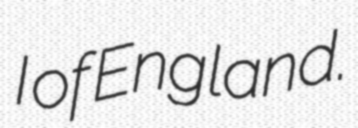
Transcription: I of England.